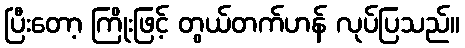
ပြီးတော့ ကြိုးဖြင့် တွယ်တက်ဟန် လုပ်ပြသည်။